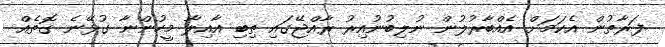
ފަރާތުން އެކަމަށް އެއްބާރުލުން ނުލިބުނުއިރު ރާއްޖޭގައި ތިބި އާއިލާ މީހުންނާ ގުޅޭނެ ގޮތެއް